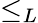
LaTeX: \le_{L}